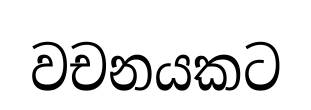
වචනයකට